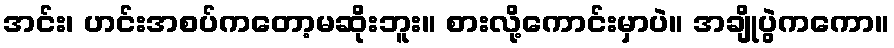
အင်း၊ ဟင်းအစပ်ကတော့မဆိုးဘူး။ စားလို့ကောင်းမှာပဲ။ အချိုပွဲကကော။